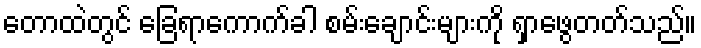
တောထဲတွင် ခြေရာကောက်ခါ စမ်းချောင်းများကို ရှာဖွေတတ်သည်။